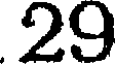
29